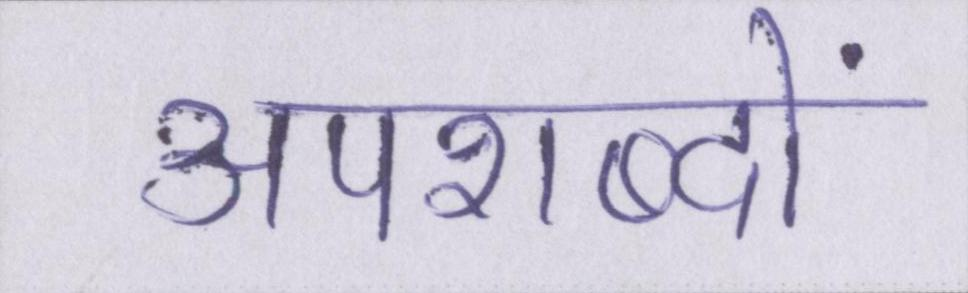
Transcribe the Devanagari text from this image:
अपशब्दों